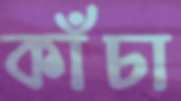
কাঁচা